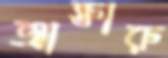
আক্তারু